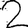
Digit: 2